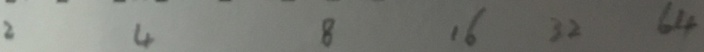
2 4 8 1 6 3 2 6 4